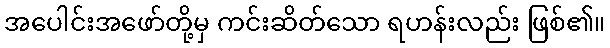
အပေါင်းအဖော်တို့မှ ကင်းဆိတ်သော ရဟန်းလည်း ဖြစ်၏။